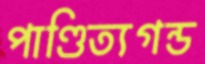
পাণ্ডিত্যগন্ড